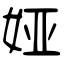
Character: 娅